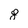
Character: g